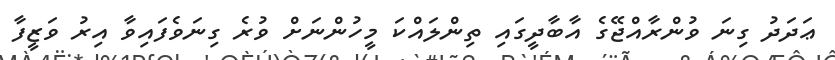
ޢަދަދު ގިނަ ވުންރާއްޖޭގެ އާބާދީގައި ތިންލައްކަ މީހުންނަށް ވުރެ ގިނަވެފައިވާ އިރު ވަޒީފާ